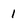
Character: 1